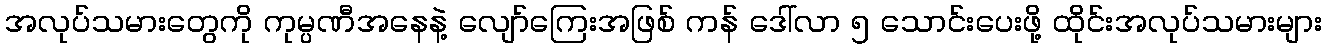
အလုပ်သမားတွေကို ကုမ္ပဏီအနေနဲ့ လျော်ကြေးအဖြစ် ကန် ဒေါ်လာ ၅ သောင်းပေးဖို့ ထိုင်းအလုပ်သမားများ